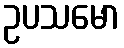
ဥပသမော